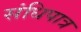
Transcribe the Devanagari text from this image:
संधिपात्र